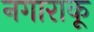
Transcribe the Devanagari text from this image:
नगाराकू